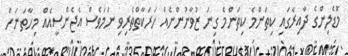
މޮޑެލިންގެ ދާއިރާގައި ކިތަންމެ ކިތަންމެ ގިނަ ޒުވާނުންނެއް ހަރަކާތްތެރިވި ނަމަވެސް އެޖެންސީއެއް މިހާތަނަށް